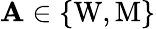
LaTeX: \mathbf{A}\in\{ \mathrm{{W}},\mathrm{{M}}\}